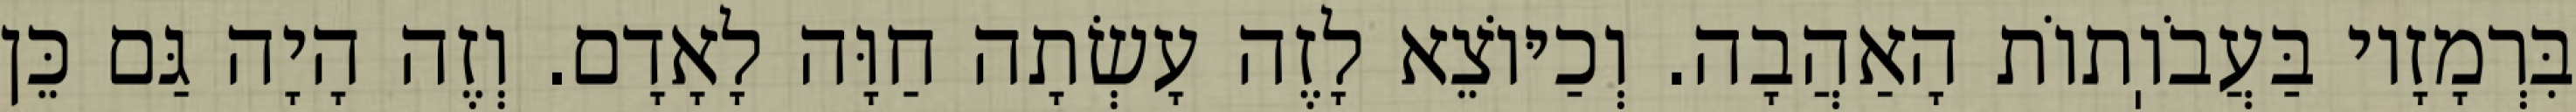
בִּרְמָזָיו בַּעֲבֹוֽתוֹת הָאַהֲבָה. וְכַיּוֹצֵא לָזֶה עָשְׂתָה חַוָּה לָאָדָם. וְזֶה הָיָה גַּם כֵּן